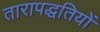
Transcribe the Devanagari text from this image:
तारापद्धतियों